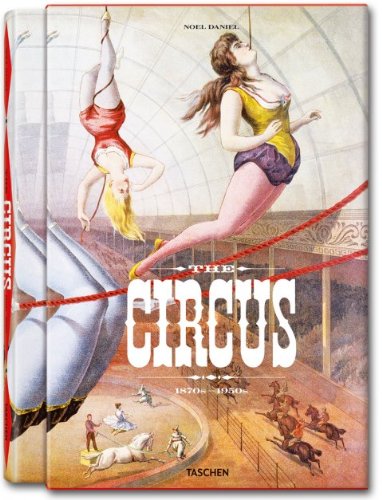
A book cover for The Circus Book, 1870s-1950s; Dominique Jando; Humor & Entertainment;